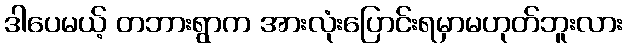
ဒါပေမယ့် တဘားရွာက အားလုံးပြောင်းရမှာမဟုတ်ဘူးလား